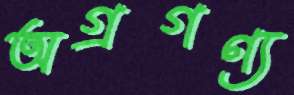
অগ্রগণ্য